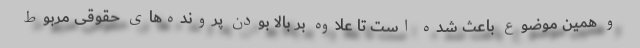
و همین موضوع باعث شده است تا علاوه بر بالا بودن پرونده‌های حقوقی مربوط